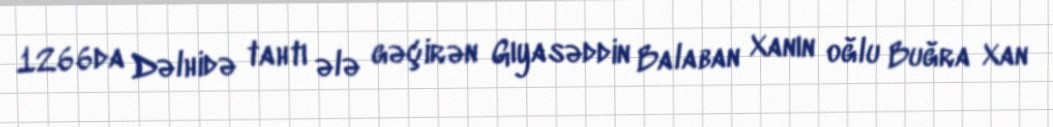
1266da Dəlhidə tahtı ələ gəçirən Gıyasəddin Balaban Xanın oğlu Buğra Xan